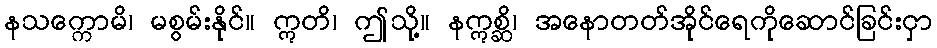
နသက္ကောမိ၊ မစွမ်းနိုင်။ ဣတိ၊ ဤသို့။ နဣစ္ဆိ၊ အနောတတ်အိုင်ရေကိုဆောင်ခြင်းငှာ